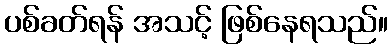
ပစ်ခတ်ရန် အသင့် ဖြစ်နေရသည်။